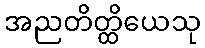
အညတိတ္ထိယေသု